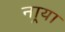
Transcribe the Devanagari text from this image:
नार्‍या